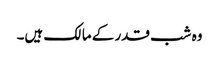
وہ شب قدر کے مالک ہیں۔